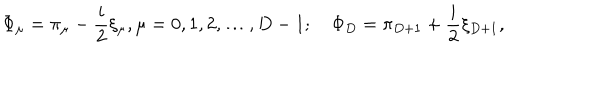
\Phi _ { \mu } = \pi _ { \mu } - \frac { i } { 2 } \xi _ { \mu } , \mu = 0 , 1 , 2 , \ldots , D - 1 ; \quad \Phi _ { D } = \pi _ { D + 1 } + \frac { i } { 2 } \xi _ { D + 1 } , \nonumber \,